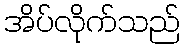
အိပ်လိုက်သည်